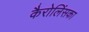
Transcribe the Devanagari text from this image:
कैरोलिंसका